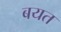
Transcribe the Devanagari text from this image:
बयत